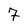
Character: 7